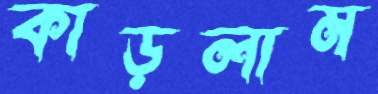
কাড়লাম